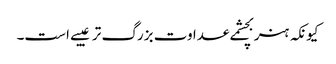
کیونکہ ہنر بچشمے عداوت بزرگ تر عیبے است۔